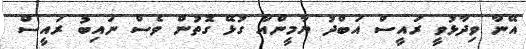
އޭނާ ވިދާޅުވީ ރައީސް އަބްދު ޔާމީންއާ ގުޅޭ ގޮތުން ވެސް ނައިބު ރައީސް